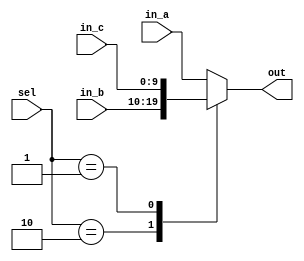
`timescale 1ns / 1ps
//////////////////////////////////////////////////////////////////////////////////
// Company: 
// Engineer: 
// 
// Design Name: 
// Module Name:    mux_3to1 
// Project Name: 
// Target Devices: 
// Tool versions: 
// Description: 
//
// Dependencies: 
//
// Revision: 
// Revision 0.01 - File Created
// Additional Comments: 
//
//////////////////////////////////////////////////////////////////////////////////
module mux_3to1(in_a,in_b,in_c,sel,out);

parameter bus_size = 10;

input [bus_size-1:0]in_a;
input [bus_size-1:0]in_b;
input [bus_size-1:0]in_c;
input [1:0]sel;
output reg [bus_size-1:0]out;

initial out = 0;
always@(*)
//always@(sel,in_a,in_b, in_c)
begin
	case (sel)
	2'b00: out <= in_a;	
	2'b10: out <= in_b;
	2'b01: out <= in_c;
	default: out <= in_a;
	endcase
end


endmodule